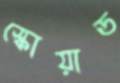
স্কোয়াড